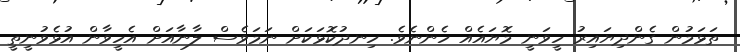
ތަޅަމުން ގެންދިޔައިރު ހީވަނީ މޮޔައެއް ހެންނެވެ. ހިނދުކޮޅަކަށް ނަމަވެސް ލާނާއަށް އެހީވާން އުޅެވުނީތީ